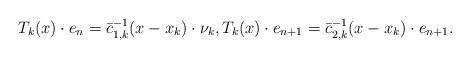
LaTeX: \begin{align*}T_k (x)\cdot e_n = \bar{c}_{1,k}^{-1} (x-x_k)\cdot \nu_k, T_k (x)\cdot e_{n+1}= \bar{c}_{2,k}^{-1} (x-x_k)\cdot e_{n+1}.\end{align*}